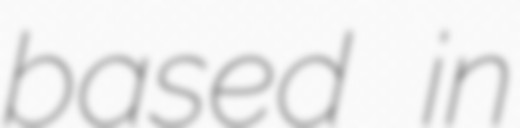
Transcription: based in